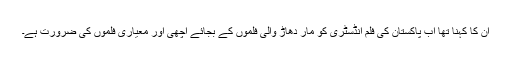
ان کا کہنا تھا اب پاکستان کی فلم انڈسٹری کو مار دھاڑ والی فلموں کے بجائے اچھی اور معیاری فلموں کی ضرورت ہے۔